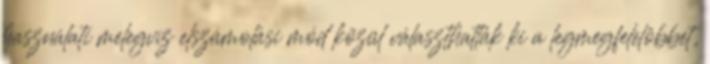
használati melegvíz elszámolási mód közül választhatták ki a legmegfelelôbbet,